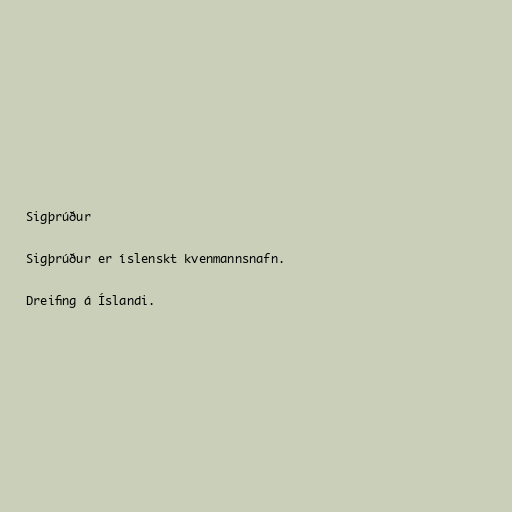
Sigþrúður

Sigþrúður er íslenskt kvenmannsnafn.

Dreifing á Íslandi.